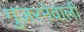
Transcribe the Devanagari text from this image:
गुज़रनेवाली